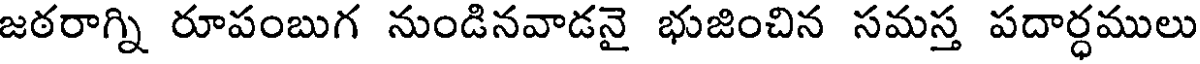
జఠరాగ్ని రూపంబుగ నుండినవాడనై భుజించిన సమస్త పదార్ధములు